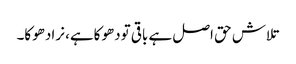
تلاش حق اصل ہے باقی تودھوکاہے، نرادھوکا۔